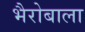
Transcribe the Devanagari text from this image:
भैरोबाला